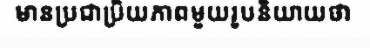
មានប្រជាប្រិយភាពមួយរូបនិយាយថា